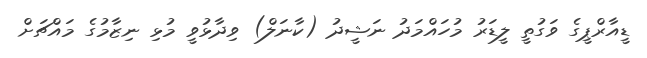
ޑީއާރްޕީގެ ވަގުތީ ލީޑަރު މުހައްމަދު ނަޝީދު (ކާނަލް) ވިދާޅުވީ މުޅި ނިޒާމުގެ މައްޗަށް